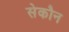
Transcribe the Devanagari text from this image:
सेकौन